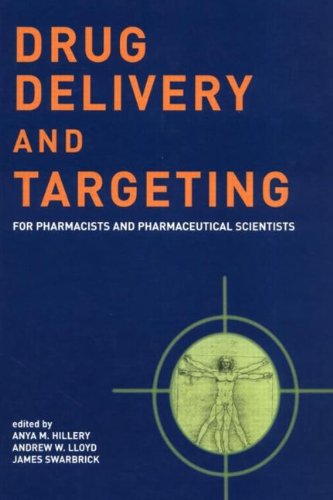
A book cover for Drug Delivery and Targeting: For Pharmacists and Pharmaceutical Scientists; Medical Books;